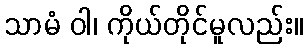
သာမံ ဝါ၊ ကိုယ်တိုင်မူလည်း။